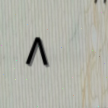
٨